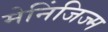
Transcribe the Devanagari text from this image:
मेनिंजिज्म